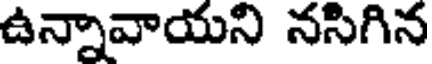
ఉన్నావాయని నసిగిన